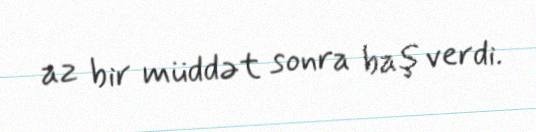
az bir müddət sonra baş verdi.